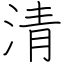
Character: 清